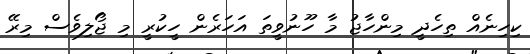
ކިހިނެއް ތިހެދީ މިންހާޖު މާ ހޫނުވީތަ އަހަރެން ހީކުރީ މި ޖޯލިވެސް މިރޭ